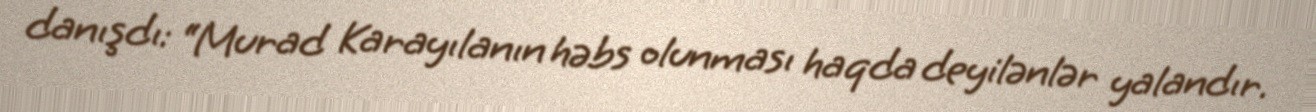
danışdı: “Murad Karayılanın həbs olunması haqda deyilənlər yalandır.